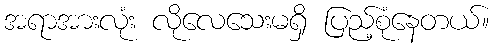
အရာအားလုံး လိုလေသေးမရှိ ပြည့်စုံနေတယ်။